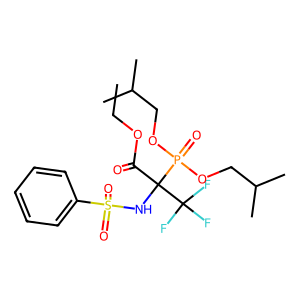
SMILES: CCOC(=O)C(NS(=O)(=O)c1ccccc1)(C(F)(F)F)P(=O)(OCC(C)C)OCC(C)C
Inhibits HIV replication: No